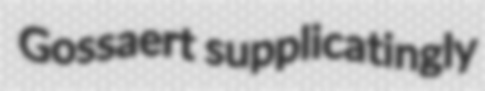
Gossaert supplicatingly